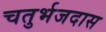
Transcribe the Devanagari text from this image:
चतुर्भजदास